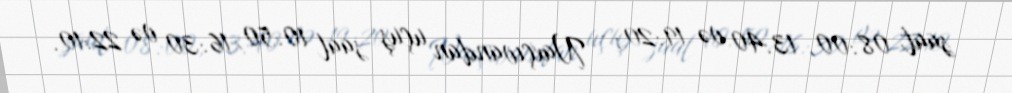
saat 08:00, 13:40 və 19:20; - Naxçıvandan uçuş saat 10:50, 16:30 və 22:10.